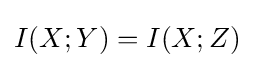
I(X;Y)=I(X;Z)